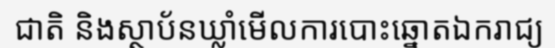
ជាតិ និងស្ថាប័នឃ្លាំមើលការបោះឆ្នោតឯករាជ្យ